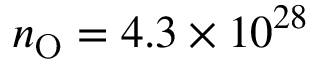
n _ { \mathrm { O } } = 4 . 3 \times 1 0 ^ { 2 8 }